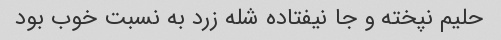
حلیم نپخته و جا نیفتاده شله زرد به نسبت خوب بود